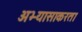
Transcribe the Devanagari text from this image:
अभ्यासाकरता